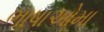
ભાષાઓમા